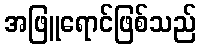
အဖြူရောင်ဖြစ်သည်